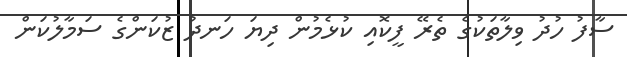
ސާފު ހުދު ވިލާތަކުގެ ތެރޭ ފީކޮއި ކުޅެމުން ދިޔަ ހަނދު ޒުކަންގެ ސަމާލުކަން